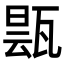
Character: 𬎬